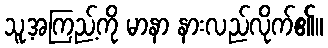
သူ့အကြည့်ကို မာနာ နားလည်လိုက်၏။